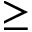
\ge